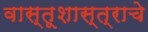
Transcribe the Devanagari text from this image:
वास्तूशास्त्राचे